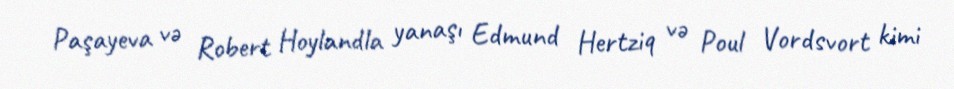
Paşayeva və Robert Hoylandla yanaşı Edmund Hertziq və Poul Vordsvort kimi